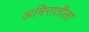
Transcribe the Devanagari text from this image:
अमिरातीला